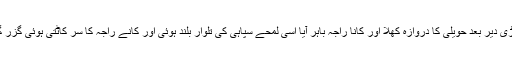
تھوڑی دیر بعد حویلی کا دروازہ کھلا اور کانا راجہ باہر آیا اسی لمحے سپاہی کی تلوار بلند ہوئی اور کانے راجہ کا سر کاٹتی ہوئی گزر گئی۔